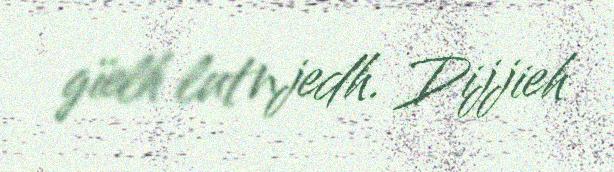
gïelh lutnjedh. Dijjieh